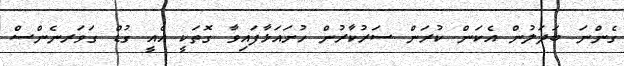
ގެންނަ ބަދަލުން އެކަން ކުރަން ސަރުކާރުން ހުށައަޅާފައިވާ ގޮތަކީ އެއީ ގުޑް ގަވަރނެންސް